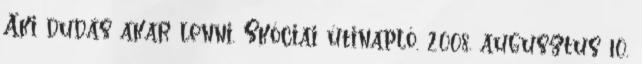
Aki dudás akar lenni. Skóciai útinapló. 2008. augusztus 10.